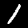
Digit: 1